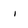
Character: i